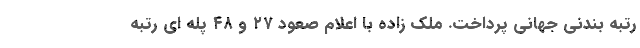
رتبه بندنی جهانی پرداخت. ملک زاده با اعلام صعود ۲۷ و ۴۸ پله ای رتبه